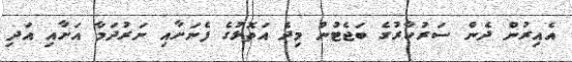
އެއިރުން ދެން ސަރުކާރުގެ ބަޖެޓުން މިދެ އަތޮޅުގެ ފެނަށާއި ނަރުދަމާ އަށާއި އަދި